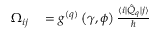
\begin{array} { r l } { \Omega _ { i j } } & { { } = g ^ { ( q ) } \left( \gamma , \phi \right) \frac { \langle i \rvert \hat { Q } _ { q } \lvert j \rangle } { \hbar } } \end{array}